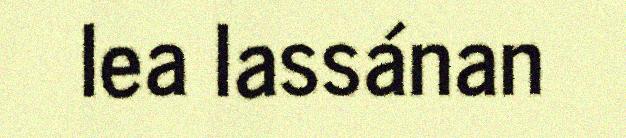
lea lassánan